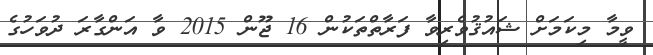
ވީމާ މިކަމަށް ޝައުޤުވެރިވާ ފަރާތްތަކުން 16 ޖޫން 2015 ވާ އަންގާރަ ދުވަހުގެ